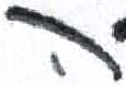
אות: ה